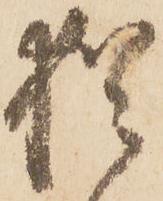
猶